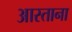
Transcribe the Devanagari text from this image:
आस्ताना